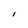
Character: l